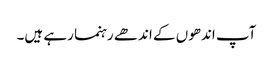
آپ اندھوں کے اندھے رہنما رہے ہیں۔